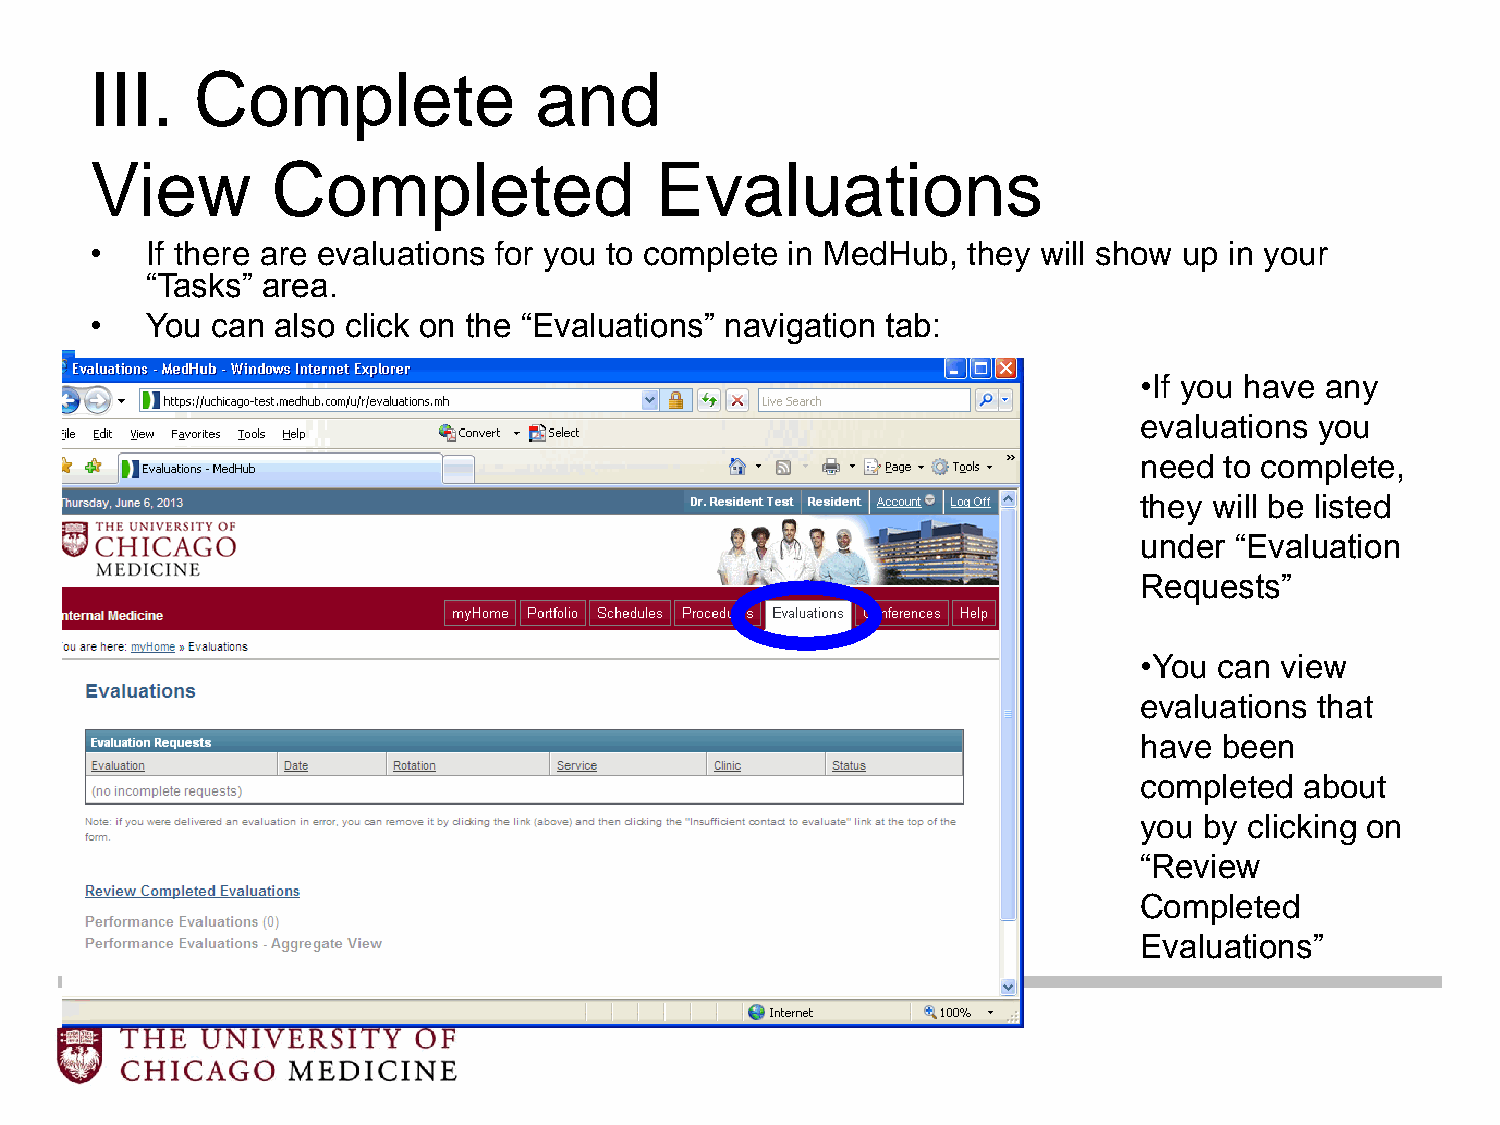
III.   Complete              and
 View        Completed                Evaluations
 •   If there are evaluations for you to complete in MedHub, they will show up in your
 “Tasks” area.
 •   You can also click on the “Evaluations” navigation tab:
 •If you have any
 evaluations you
 need  to complete,
 they will be listed
 under  “Evaluation
 Requests”
 •You  can view
 evaluations that
 have  been
 completed  about
 you  by clicking on
 “Review
 Completed
 Evaluations”